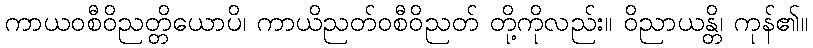
ကာယဝစီဝိညတ္တိယောပိ၊ ကာယိညတ်ဝစီဝိညတ် တို့ကိုလည်း။ ဝိညာယန္တိ၊ ကုန်၏။